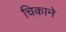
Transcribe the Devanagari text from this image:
चिकाने